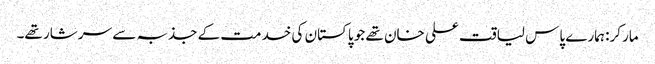
مارکر: ہمارے پاس لیاقت علی خان تھے جو پاکستان کی خدمت کے جذبہ سے سرشار تھے۔